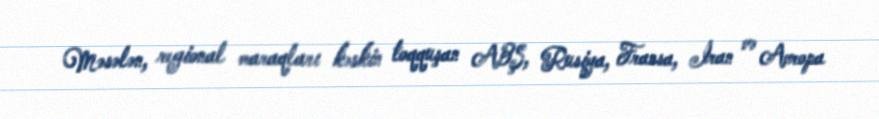
Məsələn, regional maraqları kəskin toqquşan ABŞ, Rusiya, Fransa, İran və Avropa